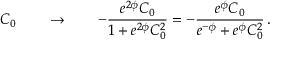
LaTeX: \, \, \, C _ { 0 } \qquad \rightarrow \qquad - \frac { e ^ { 2 \phi } C _ { 0 } } { 1 + e ^ { 2 \phi } C _ { 0 } ^ { 2 } } = - \frac { e ^ { \phi } C _ { 0 } } { e ^ { - \phi } + e ^ { \phi } C _ { 0 } ^ { 2 } } \, .